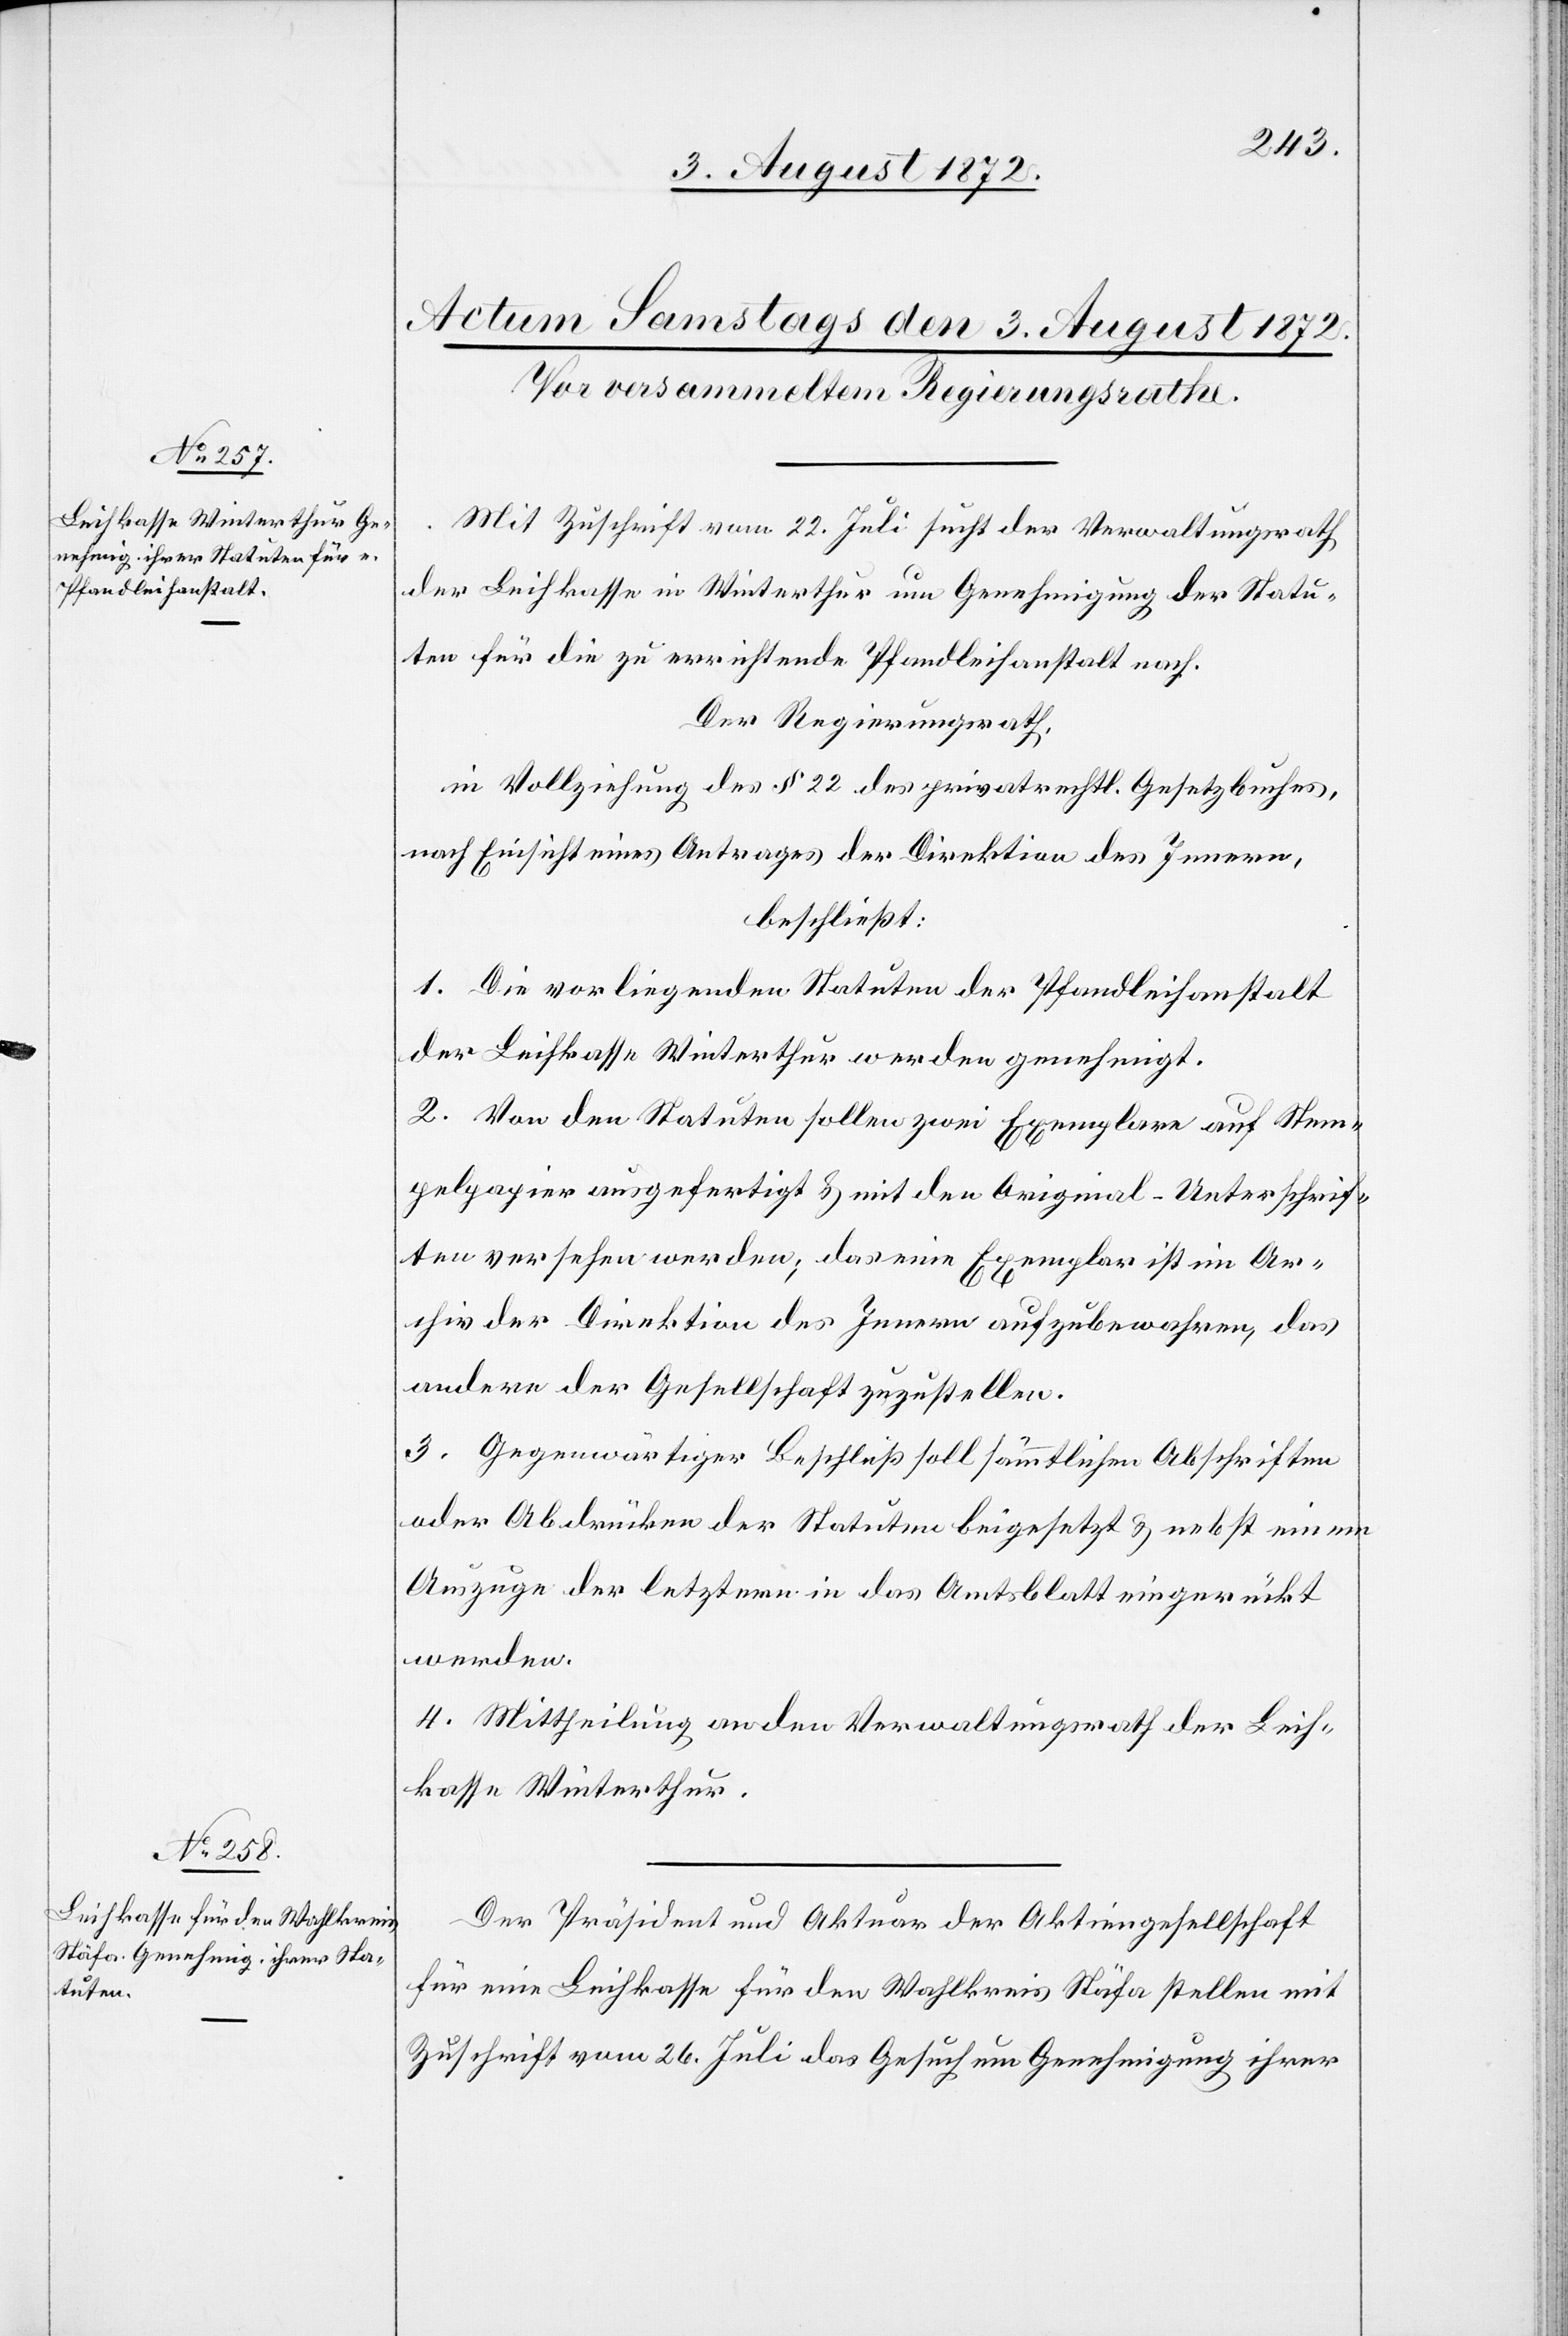
Mit Zuschrift vom 22. Juli sucht der Verwaltungsrath
der Leihkasse in Winterthur um Genehmigung der Statu¬
ten für die zu errichtende Pfandleihanstalt nach.
Der Regierungsrath,
in Vollziehung des § 22 des privatrechtl. Gesetzbuches,
nach Einsicht eines Antrages der Direktion des Innern,
beschließt:
1. Die vorliegenden Statuten der Pfandleihanstalt
der Leihkasse Winterthur werden genehmigt.
2. Von den Stauten sollen zwei Exemplare auf Stem¬
pelpapier ausgefertigt u. mit den Original-Unterschrif¬
ten versehen werden; das eine Exemplar ist im Ar¬
chiv der Direktion des Innern aufzubewahren, das
andere der Gesellschaft zuzustellen.
3. Gegenwärtiger Beschluß soll sämmtlichen Abschriften
oder Abdrücken der Statuten beigesetzt u. nebst einem
Auszuge der letztern in das Amtsblatt eingerückt
werden.
4. Mittheilung an den Verwaltungsrath der Leih¬
kasse Winterthur.
Der Präsident und Aktuar der Aktiengesellschaft
für eine Leihkasse für den Wahlkreis Stäfa stellen mit
Zuschrift vom 26. Juli das Gesuch um Genehmigung ihrer